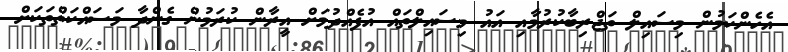
އެހެންކަމުން މިސައިލް ތަޖްރިބާކުރުމާއި އައު މިސައިލްތައް އުފެއްދުމަށް އީރާން ކުރަމުން ގެންދާ މަސައްކަތްތަކަށް